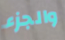
والجزء